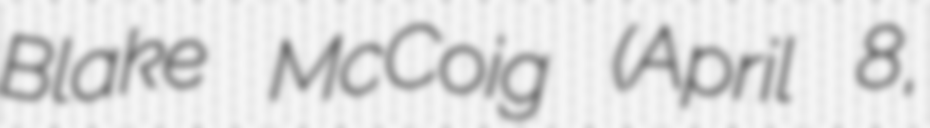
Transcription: Blake McCoig (April 8,